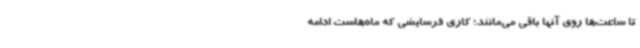
تا ساعت‌ها روی آنها باقی می‌مانند؛ کاری فرسایشی که ماه‌هاست ادامه